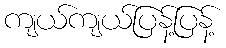
ကျယ်ကျယ်ပြန့်ပြန့်